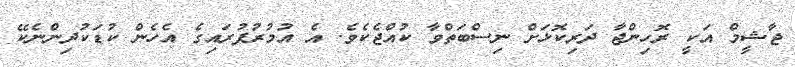
ޖާޝީމް އަކީ ރޮހިންޖާ ދަރިކޮޅަށް ނިސްބަތްވާ ކުއްޖެކެެވެ. އެ އުމުރުފުރައިގެ އެހެން ކުޑަކުދިންނެކޭ